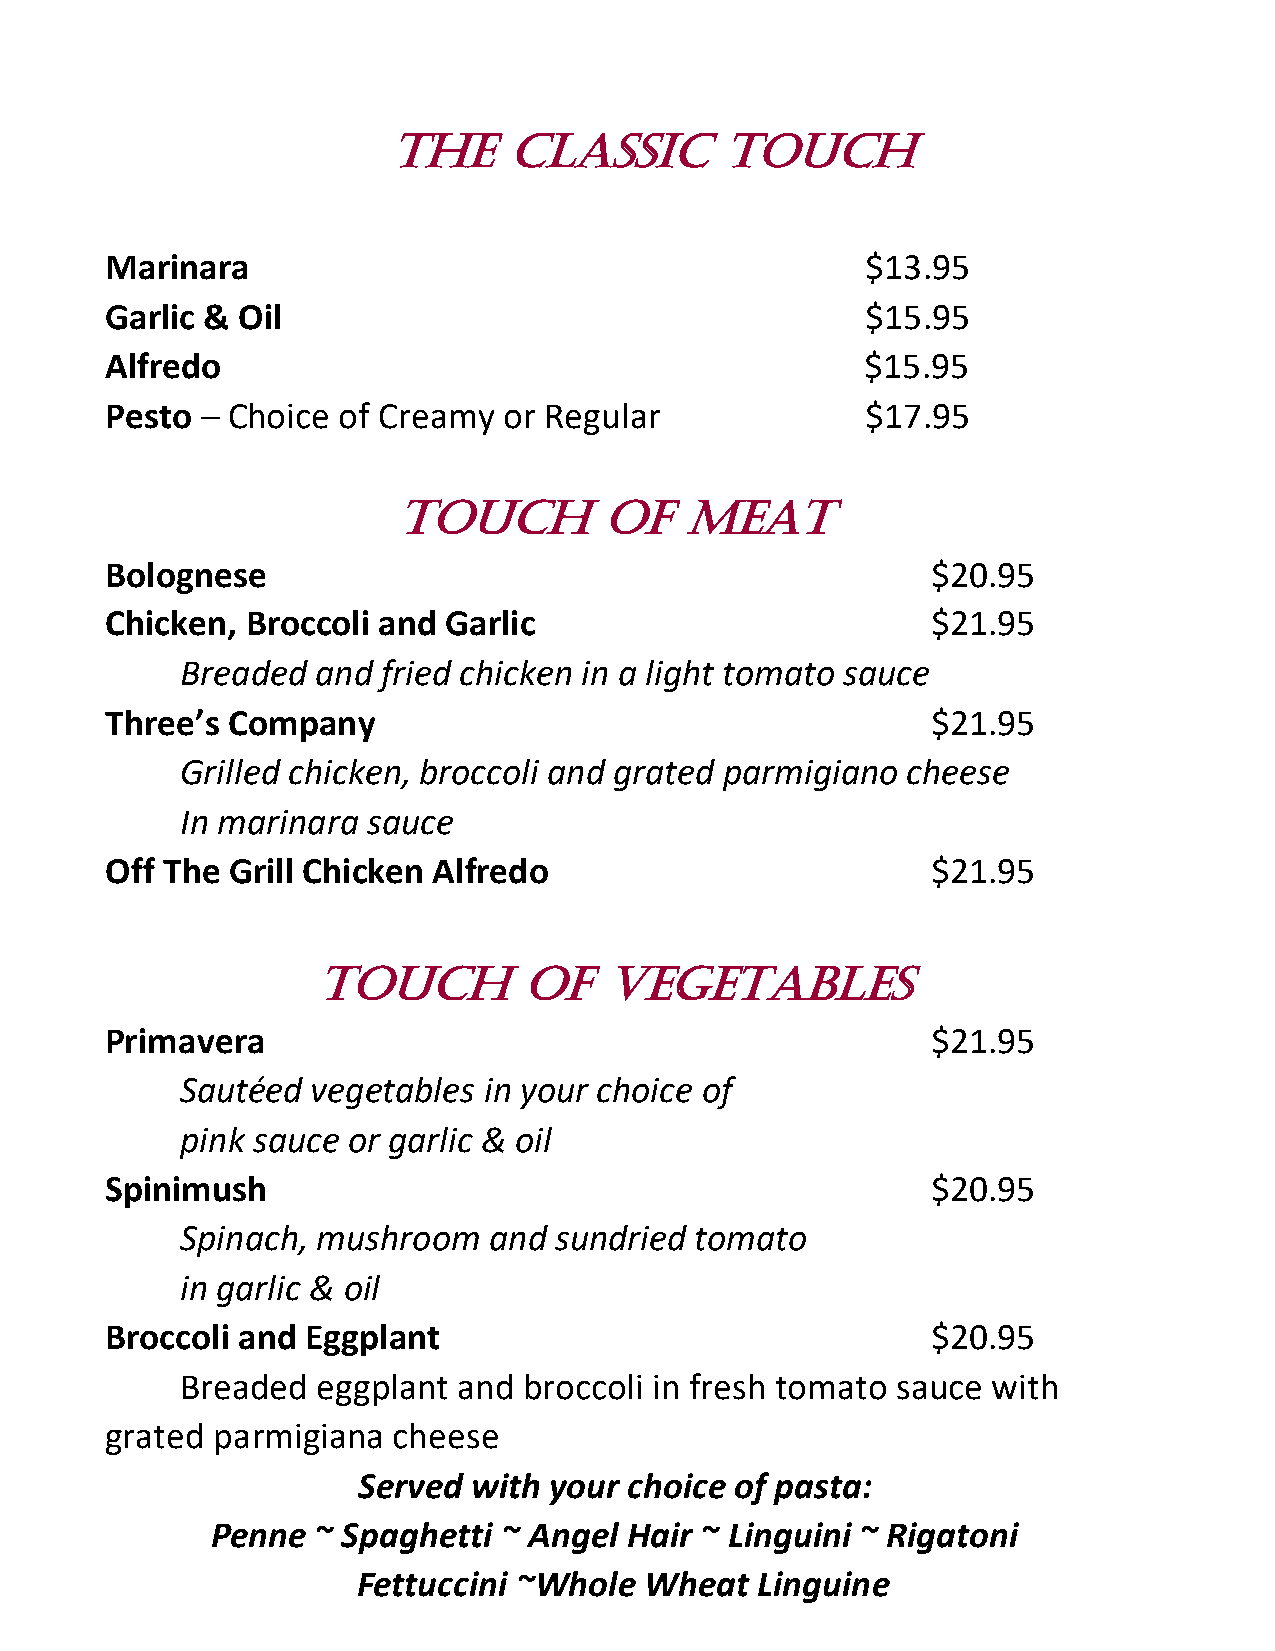
The     Classic       Touch
 Marinara                                          $13.95
 Garlic & Oil                                      $15.95
 Alfredo                                           $15.95
 Pesto – Choice of Creamy  or Regular              $17.95
 Touch         of   Meat
 Bolognese                                              $20.95
 Chicken, Broccoli and Garlic                           $21.95
 Breaded  and fried chicken in a light tomato sauce
 Three’s Company                                        $21.95
 Grilled chicken, broccoli and grated parmigiano cheese
 In marinara sauce
 Off The Grill Chicken Alfredo                          $21.95
 Touch         of   Vegetables
 Primavera                                              $21.95
 Sautéed  vegetables in your choice of
 pink sauce or garlic & oil
 Spinimush                                              $20.95
 Spinach, mushroom   and  sundried tomato
 in garlic & oil
 Broccoli and Eggplant                                  $20.95
 Breaded  eggplant and  broccoli in fresh tomato sauce with
 grated parmigiana  cheese
 Served with your  choice of pasta:
 Penne  ~ Spaghetti ~ Angel  Hair ~ Linguini ~ Rigatoni
 Fettuccini ~Whole  Wheat  Linguine